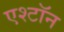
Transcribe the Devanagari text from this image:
एश्टॉन